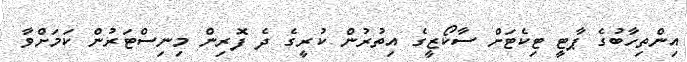
އިންތިހާބުގެ ޕާޓީ ޓިކެޓަށް ސާކޯޒީގެ އިތުރުން ކުރީގެ ދެ ފޮރިން މިނިސްޓަރުން ކަމަށްވާ